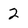
Character: 2